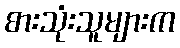
စားသုံးသူများက